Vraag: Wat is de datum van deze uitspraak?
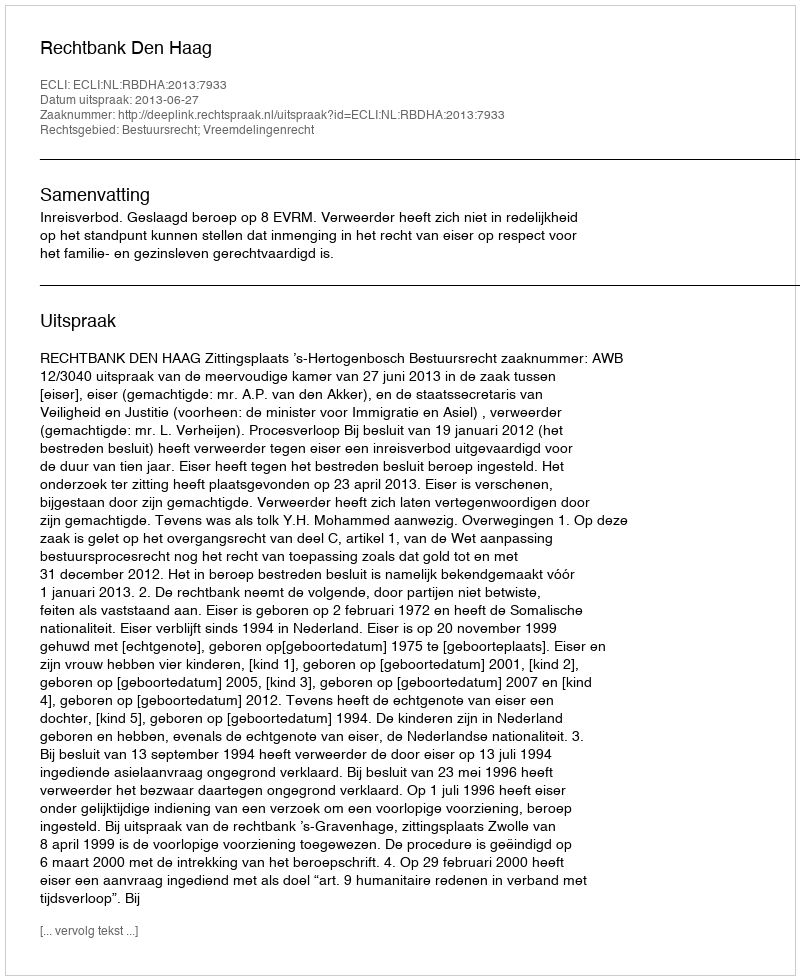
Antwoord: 2013-06-27